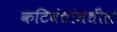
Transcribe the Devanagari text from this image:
कटिबंधांमधील